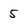
Character: 5